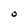
Character: O